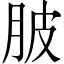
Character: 䏢